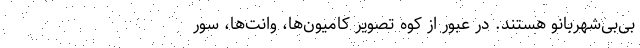
بی‌بی‌شهربانو هستند. در عبور از کوه تصویر کامیون‌ها، وانت‌ها، سور